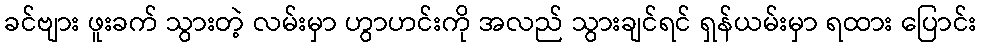
ခင်ဗျား ဖူးခက် သွားတဲ့ လမ်းမှာ ဟွာဟင်းကို အလည် သွားချင်ရင် ရှန်ယမ်းမှာ ရထား ပြောင်း